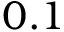
0 . 1